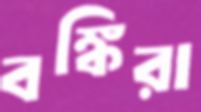
বঙ্কিরা